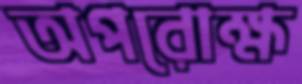
অপরোক্ষ